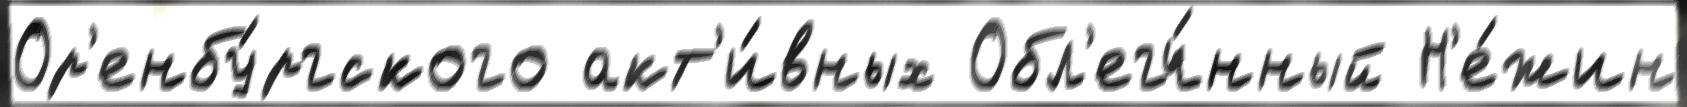
Ор'енбу́ргского акт'и́вных Обл'егч́нный Н'е́жин